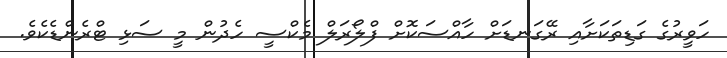
ހަވީރުގެ ގަޑިތަކަށާއި ރޭގަނޑަށް ހާއްސަކޮށް ފްލޯރަލް މެކްސީ ހެދުން މީ ސަޅި ޓްރެންޑެކެވެ.